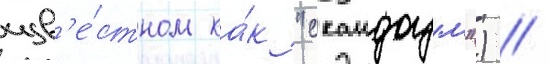
изв'е́стном ка́к "скаидоум") //